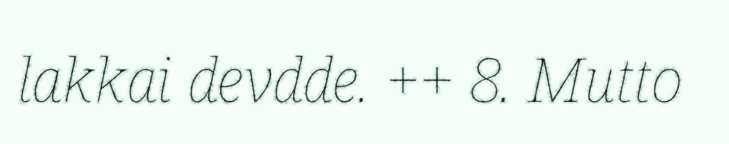
lakkai devdde. ++ 8. Mutto